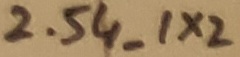
Text: 2.54_1X2